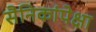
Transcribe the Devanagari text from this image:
सैनिकांपेक्षा